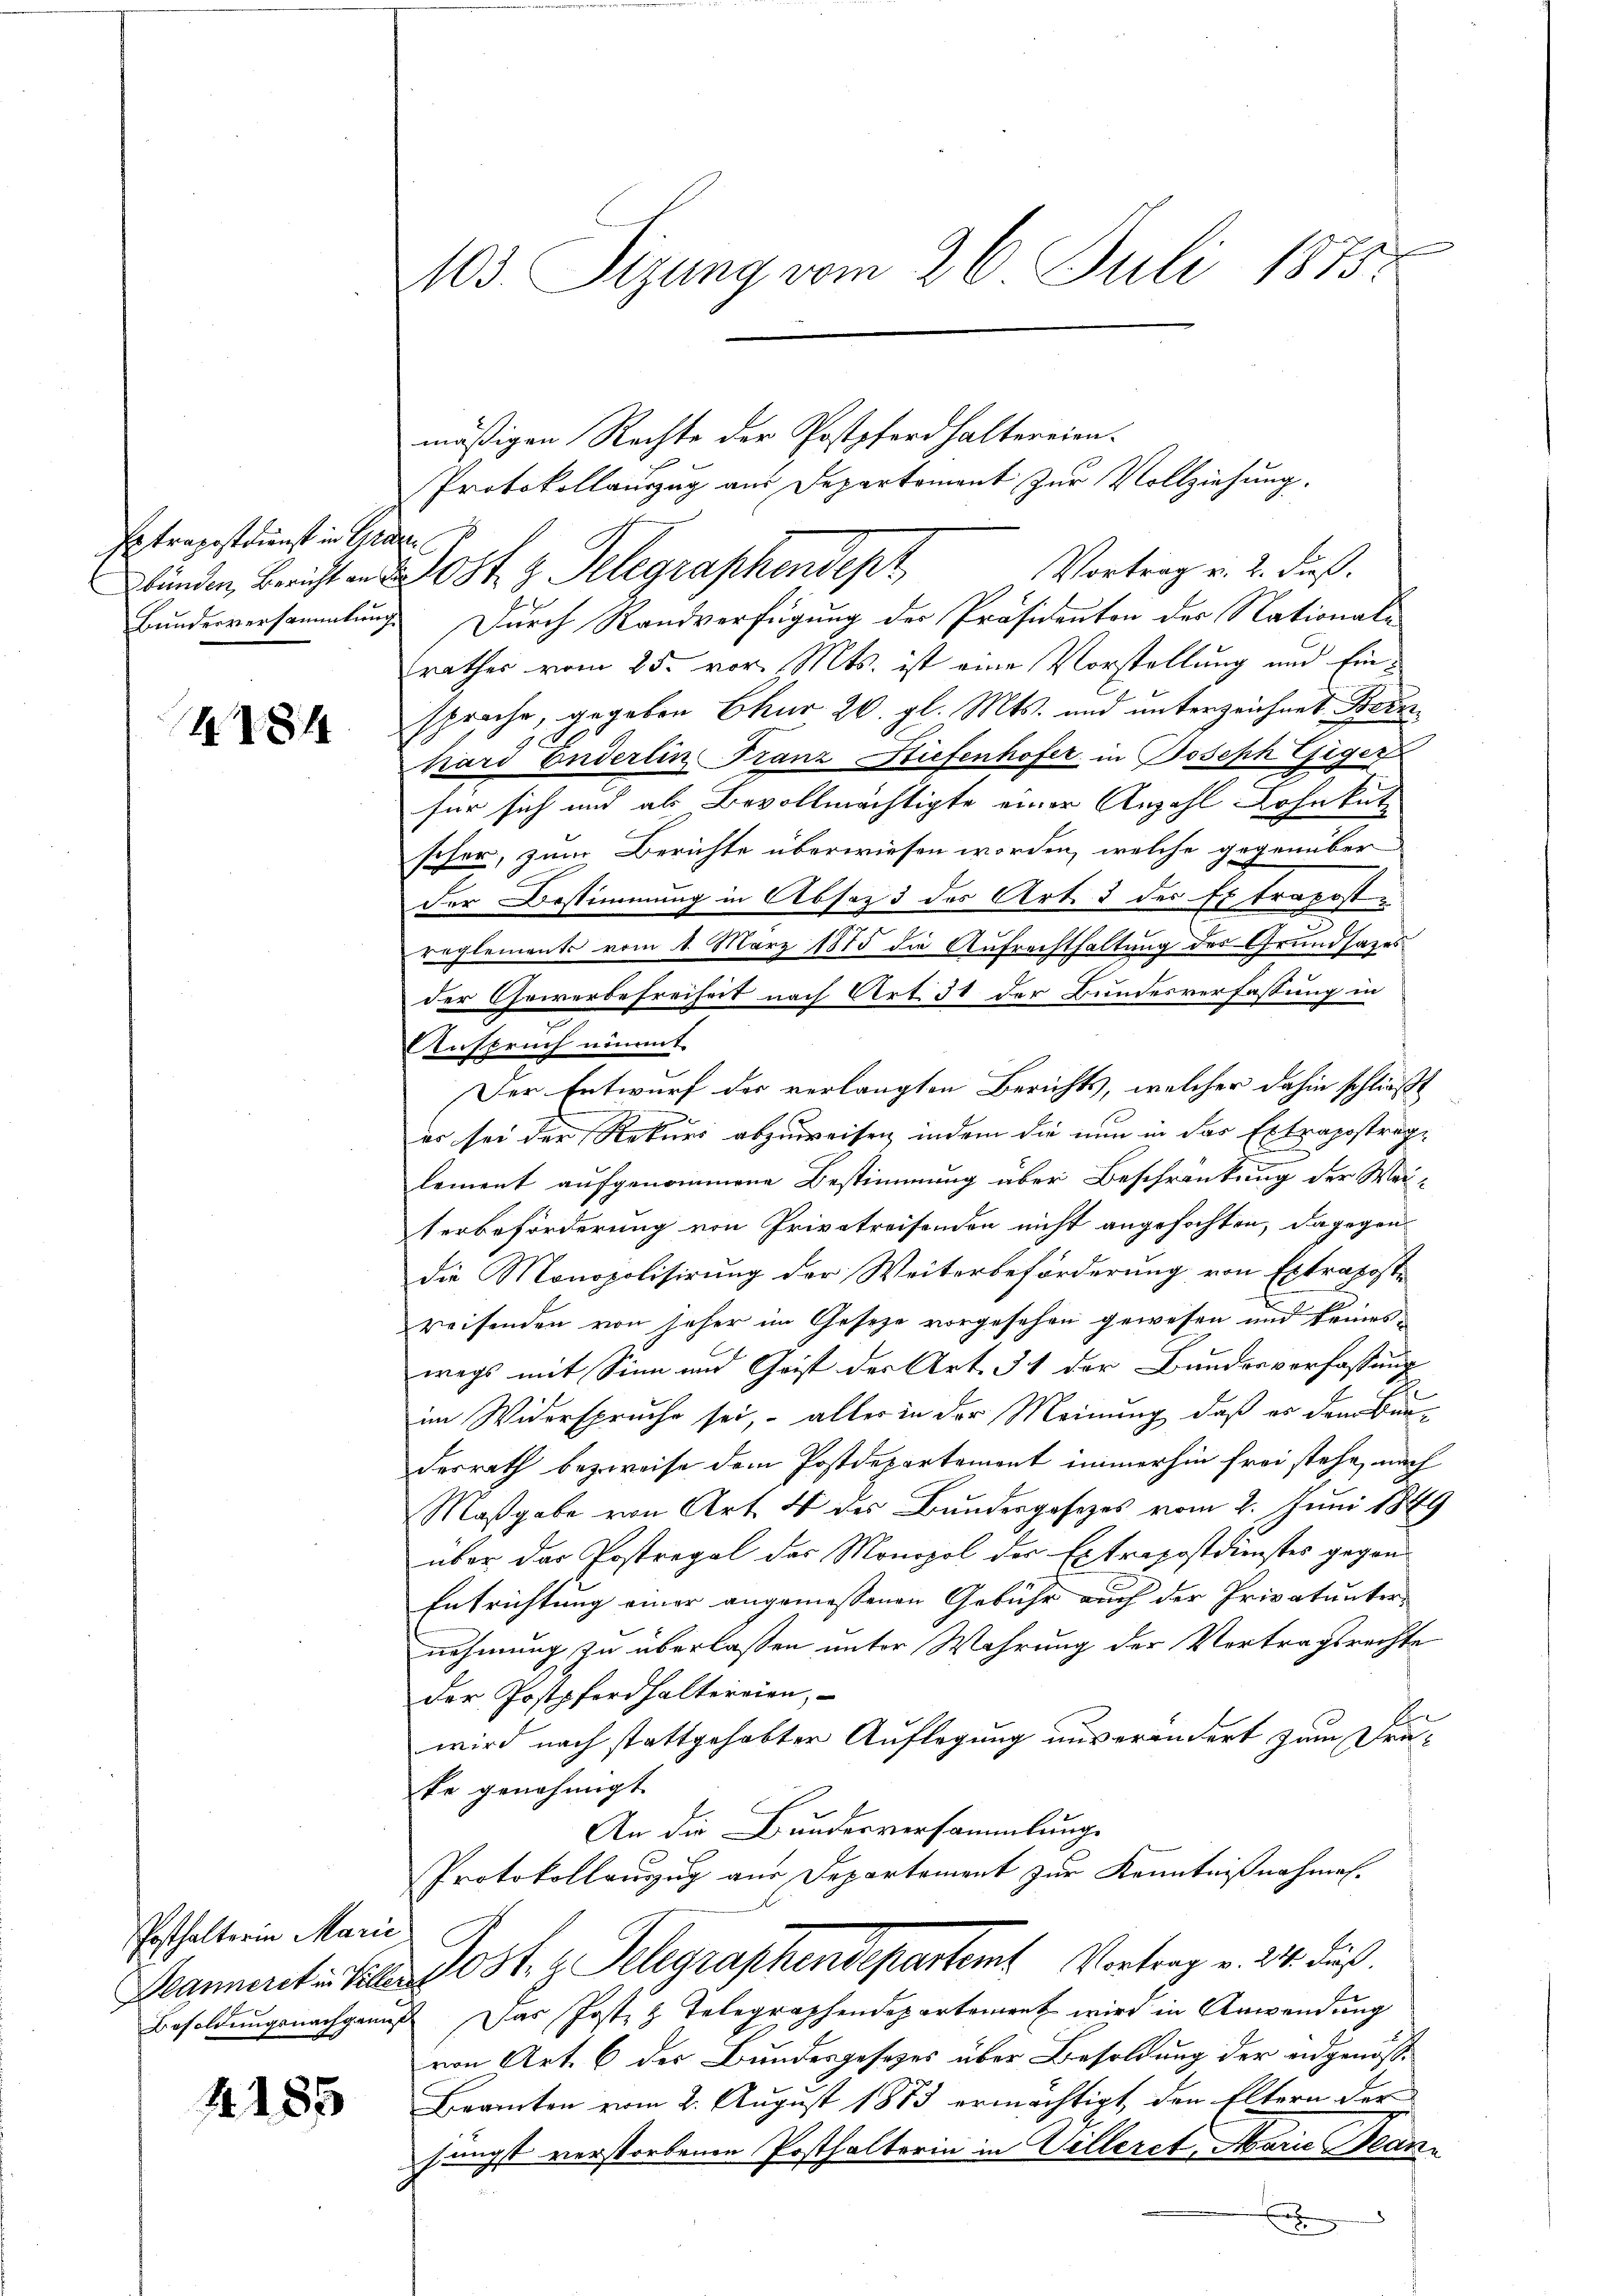
Extrapostkunst in Gebünden, Bericht an
Bundesversammlung

A.T.84

Posthalterin Marie

4185

103. Sizung vom 26. Juli 1875.

mäßigen Rechte der Postpferd haltereien.
Protokollauszug aus Departement zur Vollziehung.
st
Vortrag v. 2. dieß.
ost. z. Telegraphendept
Durch Randverfügung der Präsidenten des Nationalrathes vom 25. vor. Mts. ist eine Vorstellung und Einsproche, gegeben Chur 26. gl. Mts. und unterzeichnet Bern
1
kard Enderlin Franz Stiefenhofer in Joseph Giger
für sich und als Bevollmächtigte einer Anzahl Lohnkut
scher, zum Berichte überwiesen worden, welche gegenüber
der Bestimmung in Absoz 3 des Art. 3 der Extrapost¬
5
reglements vom 1. März 1875 die Aufrechthaltung des Grundsazes
der Gewerbefreiheit nach Art. 31 der Bundesverfassung in
Anspruch nimmt.
Der Entwurf der verlangten Berichts, welcher dahin schließt
es sei der Rekurs abzuweisen, indem die nun in das Extrapostraglement aufgenommene Bestimmung über Beschränkung der Wei-
terbeförderung von Privatreisenden nicht angefochten, dagegen
die Monopolisirung der Weiterbeförderung von Extrapostreisenden von jeher im Gesetze vorgesehen gewesen und keines
wegs mit Sinn und Geist der Art. 31 der Bundesverfassung
im Widerspruche sei, - aller in der Meinung, daß es dem Barderrath bezweife dem Postdepartemont immerhin frei stehe, nach
Maßgabe von Art. 4 des Bundesgesetzes vom 2. Juni 1849
über das Postregal des Monopol der Extrapostdienstes gegen
Entrichtung einer angemessenen Gebühr auch der Privatunternehmung zu überlassen unter Wahrung der Vortragsrechte
der Postpferd haltereien,
wird nach stattgehabter Auflegung unverändert zum Drute genehmigt.
An die Bundesversammlung
Protokollanzug aus Departement zur Kenntnißnahmen.
Mannert Silber 10 st. z. Telegraphendepartamt Vortrag v. 24. Fuß.
Besoldŭngsnachgans. Das Jost z. Telegraphendepartement wird in Anwendŭng
von Art. 6 der Bundesgesezes über Besoldung der eidgenös¬
Beamten vom 2. August 1873 ermächtigt den Eltern der
jüngst verstorbenen Posthalterin in Villeret. Marie Beanx